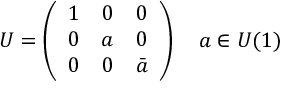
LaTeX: U = \left( \begin{array} { c c c } { { 1 } } & { { 0 } } & { { 0 } } \\ { { 0 } } & { { a } } & { { 0 } } \\ { { 0 } } & { { 0 } } & { { \bar { a } } } \end{array} \right) \quad a \in U ( 1 )